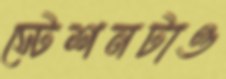
স্টেশনটাও